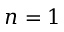
n = 1